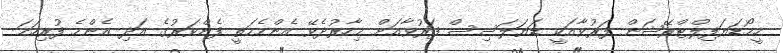
ހީމޯޑަޔަފިލްޓްރޭޝަން ފަރުވާއަކީ ޑަޔަލަސިސް ފަރުވާއަށް މިހާރުދެވޭ އެންމެމަތީ ފެންވަރުގެ އަދި އެންމެ ފުރިހަމަ